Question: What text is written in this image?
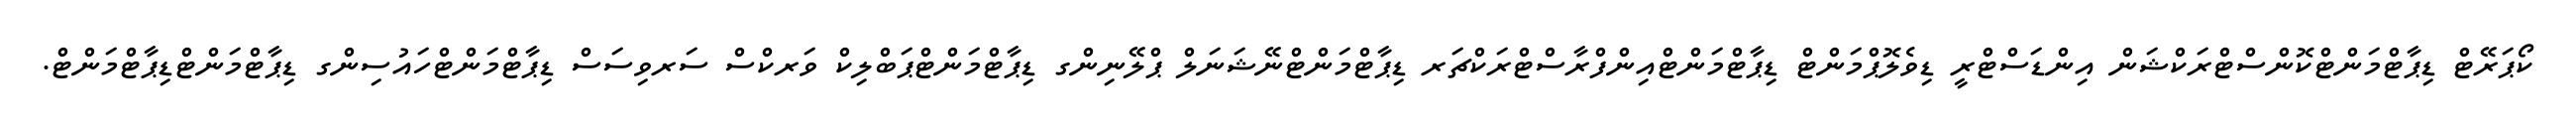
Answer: ކޯޕަރޭޓް ޑިޕާޓްމަންޓްކޮންސްޓްރަކްޝަން އިންޑަސްޓްރީ ޑިވެލޮޕްމަންޓް ޑިޕާޓްމަންޓްއިންފްރާސްޓްރަކްޗަރ ޑިޕާޓްމަންޓްނޭޝަނަލް ޕްލޭނިންގ ޑިޕާޓްމަންޓްޕަބްލިކް ވަރކްސް ސަރވިސަސް ޑިޕާޓްމަންޓްހައުސިންގ ޑިޕާޓްމަންޓްޑިޕާޓްމަންޓް.